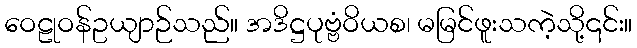
ဝေဠုဝန်ဥယျာဉ်သည်။ အဒိဋ္ဌပုဗ္ဗံဝိယစ၊ မမြင်ဖူးသကဲ့သို့၎င်း။